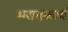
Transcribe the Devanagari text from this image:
भरावकार्य